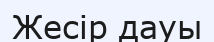
Жесір дауы